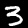
Digit: 3